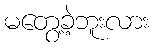
မတွေ့ခဲ့ဘူးလား